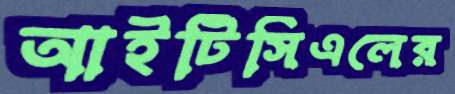
আইটিসিএলের